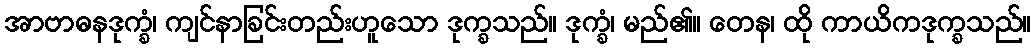
အာဗာဓနဒုက္ခံ၊ ကျင်နာခြင်းတည်းဟူသော ဒုက္ခသည်။ ဒုက္ခံ၊ မည်၏။ တေန၊ ထို ကာယိကဒုက္ခသည်။